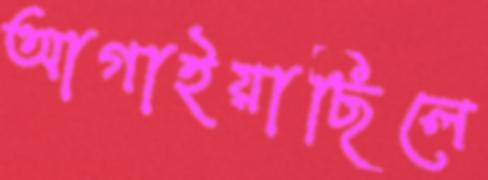
আগাইয়াছিলে